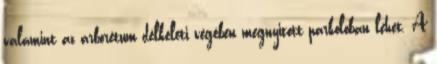
valamint az arborétum délkeleti végében megnyitott parkolóban lehet. A